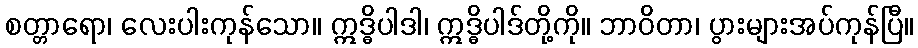
စတ္တာရော၊ လေးပါးကုန်သော။ ဣဒ္ဓိပါဒါ၊ ဣဒ္ဓိပါဒ်တို့ကို။ ဘာဝိတာ၊ ပွားများအပ်ကုန်ပြီ။